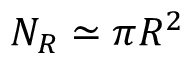
N _ { R } \simeq \pi R ^ { 2 }